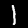
Label: 1